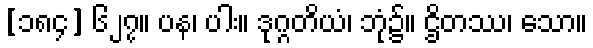
[၁၈၄] ၆၂၇။ ပန၊ ပါး။ ဒုဂ္ဂတိယံ၊ ဘုံ၌။ ဌိတဿ၊ သော။